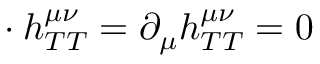
\mathbf { \partial } \cdot h _ { T T } ^ { \mu \nu } = \partial _ { \mu } h _ { T T } ^ { \mu \nu } = 0